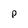
Character: p